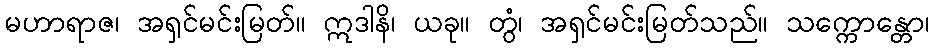
မဟာရာဇ၊ အရှင်မင်းမြတ်။ ဣဒါနိ၊ ယခု။ တွံ၊ အရှင်မင်းမြတ်သည်။ သက္ကောန္တော၊